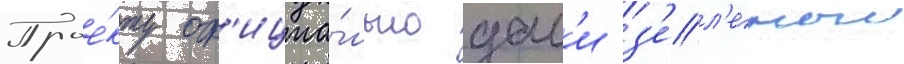
Прое́кту оф'ициа́льно дал'и з'ел'еныи